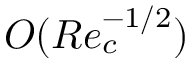
O ( R e _ { c } ^ { - 1 / 2 } )